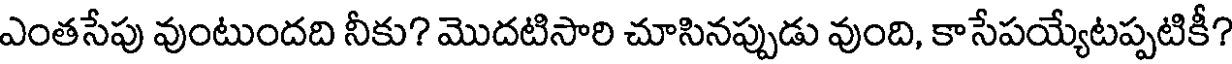
ఎంతసేపు వుంటుందది నీకు? మొదటిసారి చూసినప్పుడు వుంది, కాసేపయ్యేటప్పటికీ?